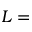
L =